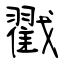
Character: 戳